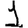
Digit: 1